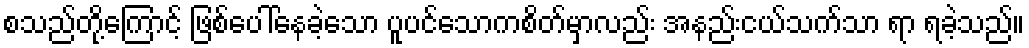
စသည်တို့ကြောင့် ဖြစ်ပေါ်နေခဲ့သော ပူပင်သောကစိတ်မှာလည်း အနည်းငယ်သက်သာ ရာ ရခဲ့သည်။